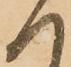
へ